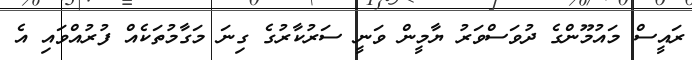
ރައީސް މައުމޫންގެ ދުވަސްވަރު ޔާމީން ވަނީ ސަރުކާރުގެ ގިނަ މަގާމުތަކެއް ފުރުއްވައި އެ